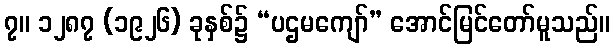
၇။ ၁၂၈၇ (၁၉၂၆) ခုနှစ်၌ “ပဌမကျော်” အောင်မြင်တော်မူသည်။